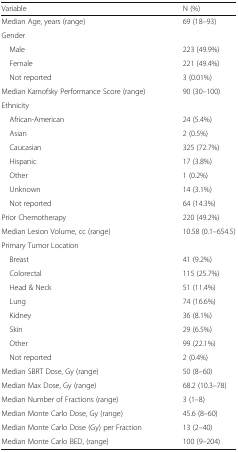
<table><thead><tr><td><b>Variable</b></td><td><b>N (%)</b></td></tr></thead><tbody><tr><td>Median Age, years (range)</td><td>69 (18–93)</td></tr><tr><td colspan="2">Gender</td></tr><tr><td> Male</td><td>223 (49.9%)</td></tr><tr><td> Female</td><td>221 (49.4%)</td></tr><tr><td> Not reported</td><td>3 (0.01%)</td></tr><tr><td>Median Karnofsky Performance Score (range)</td><td>90 (30–100)</td></tr><tr><td>Ethnicity</td><td></td></tr><tr><td> African-American</td><td>24 (5.4%)</td></tr><tr><td> Asian</td><td>2 (0.5%)</td></tr><tr><td> Caucasian</td><td>325 (72.7%)</td></tr><tr><td> Hispanic</td><td>17 (3.8%)</td></tr><tr><td> Other</td><td>1 (0.2%)</td></tr><tr><td> Unknown</td><td>14 (3.1%)</td></tr><tr><td> Not reported</td><td>64 (14.3%)</td></tr><tr><td>Prior Chemotherapy</td><td>220 (49.2%)</td></tr><tr><td>Median Lesion Volume, cc (range)</td><td>10.58 (0.1–654.5)</td></tr><tr><td colspan="2">Primary Tumor Location</td></tr><tr><td> Breast</td><td>41 (9.2%)</td></tr><tr><td> Colorectal</td><td>115 (25.7%)</td></tr><tr><td> Head &amp; Neck</td><td>51 (11.4%)</td></tr><tr><td> Lung</td><td>74 (16.6%)</td></tr><tr><td> Kidney</td><td>36 (8.1%)</td></tr><tr><td> Skin</td><td>29 (6.5%)</td></tr><tr><td> Other</td><td>99 (22.1%)</td></tr><tr><td> Not reported</td><td>2 (0.4%)</td></tr><tr><td>Median SBRT Dose, Gy (range)</td><td>50 (8–60)</td></tr><tr><td>Median Max Dose, Gy (range)</td><td>68.2 (10.3–78)</td></tr><tr><td>Median Number of Fractions (range)</td><td>3 (1–8)</td></tr><tr><td>Median Monte Carlo Dose, Gy (range)</td><td>45.6 (8–60)</td></tr><tr><td>Median Monte Carlo Dose (Gy) per Fraction</td><td>13 (2–40)</td></tr><tr><td>Median Monte Carlo BED, (range)</td><td>100 (9–204)</td></tr></tbody></table>